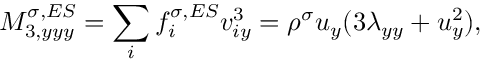
M _ { 3 , y y y } ^ { \sigma , E S } = \sum _ { i } f _ { i } ^ { \sigma , E S } v _ { i y } ^ { 3 } = \rho ^ { \sigma } u _ { y } ( 3 \lambda _ { y y } + u _ { y } ^ { 2 } ) ,